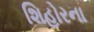
શિહોરના